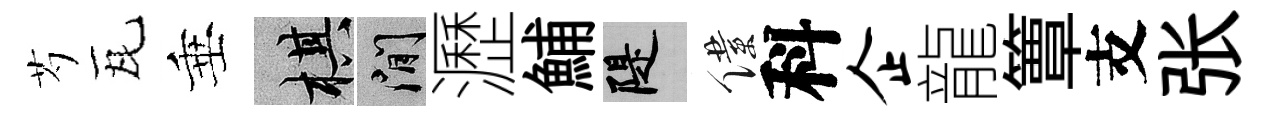
芍瓦垂棋閑瀝鯆堤僕科企龍簟支张